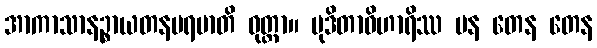
အာကာသာနဉ္စာယတနပရမာတိ ဝုတ္တာ။ မုဒိတာဝိဟာရိဿ ပန တေန တေန